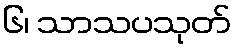
၆၊ သာသပသုတ်